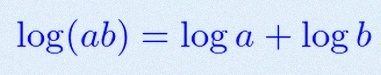
\log(ab)=\log a+\log b